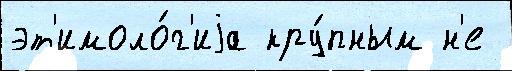
эт'имоло́г'иjа кру́пным н'е